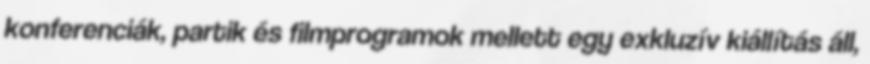
konferenciák, partik és filmprogramok mellett egy exkluzív kiállítás áll,